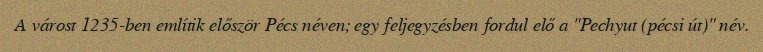
A várost 1235-ben említik először Pécs néven; egy feljegyzésben fordul elő a "Pechyut (pécsi út)" név.